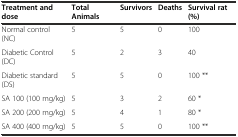
| Treatment and dose | Total Animals | Survivors | Deaths | Survival rat (%) |
 | --- | --- | --- | --- | --- |
 | Normal control (NC) | 5 | 5 | 0 | 100 |
 | Diabetic Control (DC) | 5 | 2 | 3 | 40 |
 | Diabetic standard (DS) | 5 | 5 | 0 | 100 ** |
 | SA 100 (100 mg/kg) | 5 | 3 | 2 | 60 * |
 | SA 200 (200 mg/kg) | 5 | 4 | 1 | 80 * |
 | SA 400 (400 mg/kg) | 5 | 5 | 0 | 100 ** |